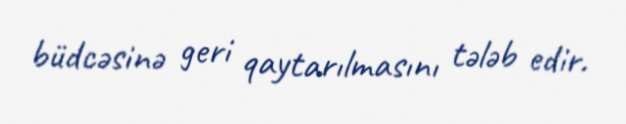
büdcəsinə geri qaytarılmasını tələb edir.